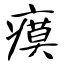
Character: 瘼